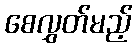
စေလွှတ်မည့်